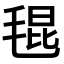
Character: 𣮎